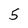
Character: 5